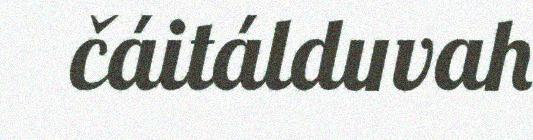
čáitálduvah